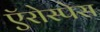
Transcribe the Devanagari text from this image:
ऍरोस्पेस